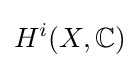
H^{i}(X,\mathbb {C} )